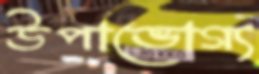
উপাভোগ্য